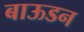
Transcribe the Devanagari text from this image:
बाऊडन